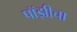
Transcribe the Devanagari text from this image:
पॉझीचा